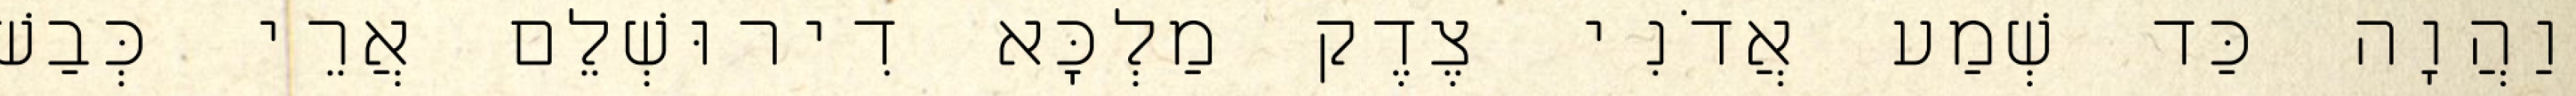
וַהֲוָה כַּד שְׁמַע אֲדֹנִי צֶדֶק מַלְכָּא דִירוּשְׁלֵם אֲרֵי כְּבַשׁ